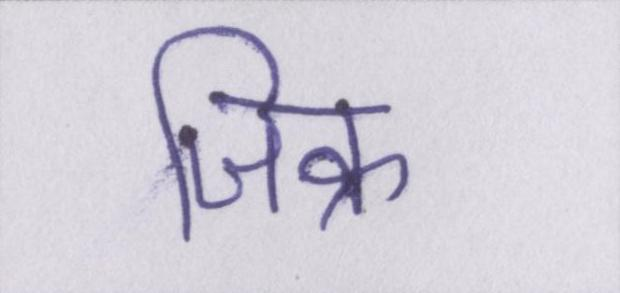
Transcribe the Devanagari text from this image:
जिक्र